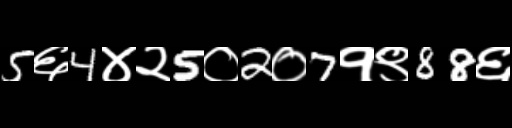
Text: 5६4४२5०2०7१९88६